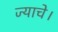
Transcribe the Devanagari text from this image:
ज्याचे।